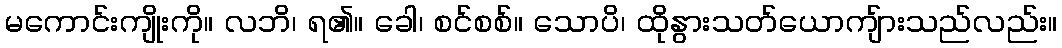
မကောင်းကျိုးကို။ လဘိ၊ ရ၏။ ခေါ၊ စင်စစ်။ သောပိ၊ ထိုနွားသတ်ယောကျ်ားသည်လည်း။